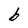
Character: b